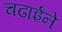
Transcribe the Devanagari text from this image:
चढाईने